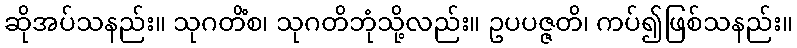
ဆိုအပ်သနည်း။ သုဂတိံစ၊ သုဂတိဘုံသို့လည်း။ ဥပပဇ္ဇတိ၊ ကပ်၍ဖြစ်သနည်း။